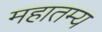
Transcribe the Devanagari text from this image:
महातम्य